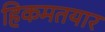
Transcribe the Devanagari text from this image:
हिकमतयार